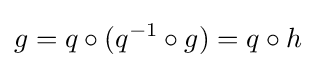
g=q\circ (q^{-1}\circ g)=q\circ h